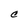
Character: C